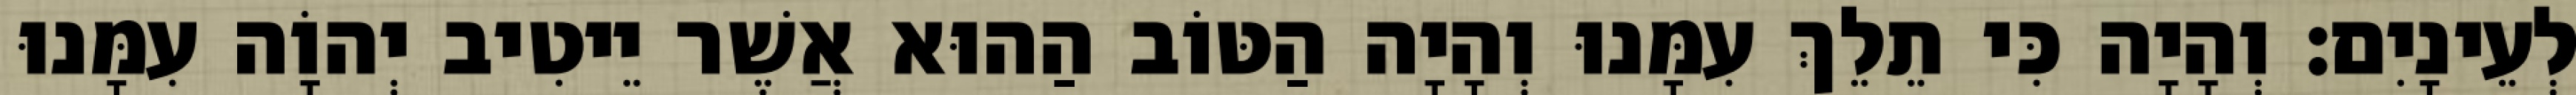
לְעֵינָיִם׃ וְהָיָה כִּי תֵלֵךְ עִמָּנוּ וְהָיָה הַטּוֹב הַהוּא אֲשֶׁר יֵיטִיב יְהוָֹה עִמָּנוּ